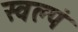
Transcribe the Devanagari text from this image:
स्वल्पं